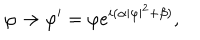
\varphi \rightarrow \varphi ^ { \prime } = \varphi e ^ { i ( \alpha | \varphi | ^ { 2 } + \beta ) } ,